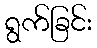
ရွက်ခြင်း